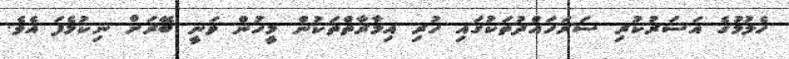
ހެލުމުގެ އަސަރުކުރި ސަރަހައްދުތަކުގައި ހުރި އިމާރާތްތަކުން މީހުން ވަނީ ބޭރަށް ނިކުމެފަ އެވެ.